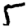
Digit: 5